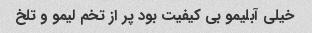
خیلی آبلیمو بی کیفیت بود پر از تخم لیمو و تلخ